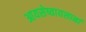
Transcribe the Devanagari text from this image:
आयसेष्वायसानां